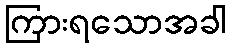
ကြားရသောအခါ